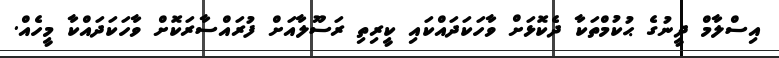
އިސްލާމް ދީނުގެ ޙުކުމްތަކާ ދެކޮޅަށް ވާހަކަދައްކައި ކީރިތި ރަސޫލާއަށް ފުރައްސާރަކޮށް ވާހަކަދައްކާ މީހެއް.